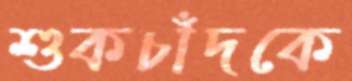
শুকচাঁদকে